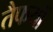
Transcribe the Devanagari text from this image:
तैफयों